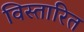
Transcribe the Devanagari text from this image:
विस्तारित